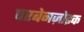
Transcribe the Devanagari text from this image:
परबेनज़ोइक